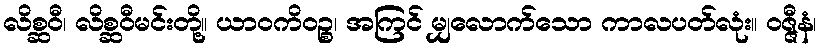
လိစ္ဆဝီ၊ လိစ္ဆဝီမင်းတို့။ ယာဝကိဝဉ္စ၊ အကြင် မျှလောက်သော ကာလပတ်လုံး။ ဝဇ္ဇီနံ၊